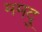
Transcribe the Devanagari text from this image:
ममदु